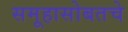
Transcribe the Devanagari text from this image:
समूहासोबतचे